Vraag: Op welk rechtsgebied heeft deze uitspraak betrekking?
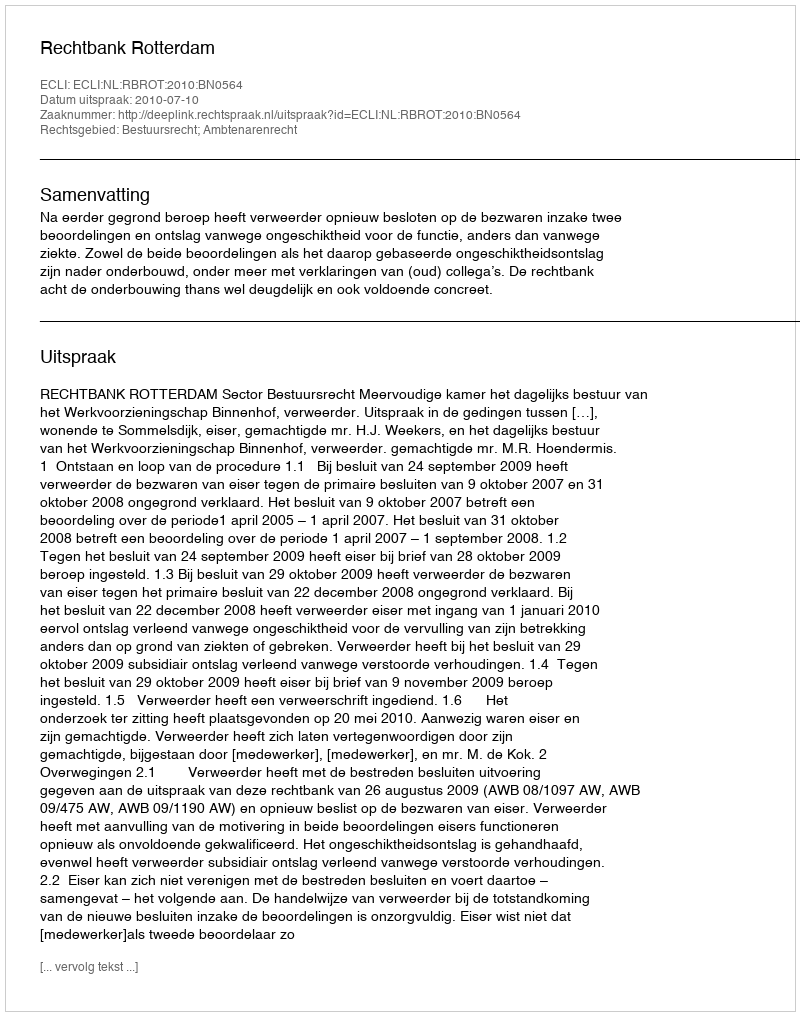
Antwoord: Bestuursrecht; Ambtenarenrecht